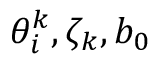
\theta _ { i } ^ { k } , \zeta _ { k } , b _ { 0 }